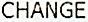
CHANGE